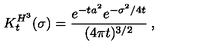
K _ { t } ^ { H ^ { 3 } } ( \sigma ) = \frac { e ^ { - t a ^ { 2 } } e ^ { - \sigma ^ { 2 } / 4 t } } { ( 4 \pi t ) ^ { 3 / 2 } } \: , \nonumber